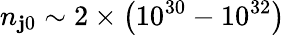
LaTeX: n_{\mathbf{j}0}\sim2\times\left(10^{30}-10^{32}\right)